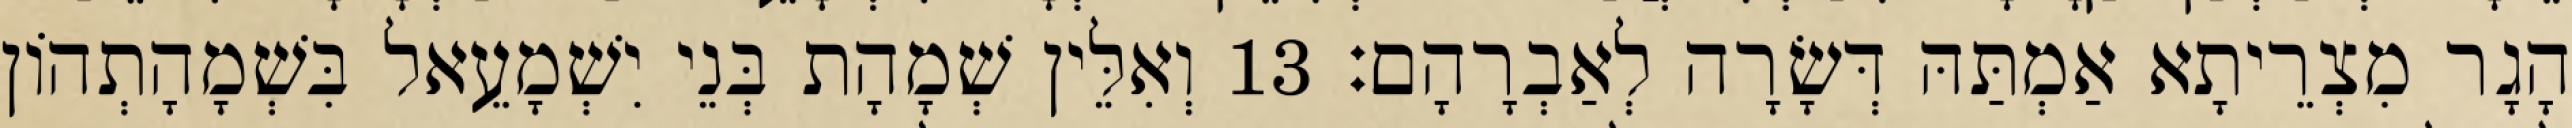
הָגָר מִצְרֵיתָא אַמְתַּהּ דְּשָׂרָה לְאַבְרָהָם׃ 13 וְאִלֵּין שְׁמָהָת בְּנֵי יִשְׁמָעֵאל בִּשְׁמָהָתְהוֹן